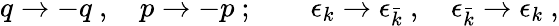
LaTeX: q\rightarrow-q\ ,\quad p\rightarrow-p\ ;\qquad\epsilon_{k}\rightarrow\epsilon_{\bar{k}}\ ,\quad\epsilon_{\bar{k}}\rightarrow\epsilon_{k}\ ,